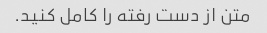
متن از دست رفته را کامل کنید.